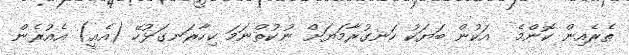
ތެރެއިން ކޮންމެ  އަކުން ބަޔަކު ހަނގުރާމަޔަށް ނުކުތްނަމަ ކިހާރަނގަޅުހޭ (އެއީ) އެއުރެން